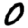
Digit: 0